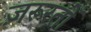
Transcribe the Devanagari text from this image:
ज़रूरतोँ